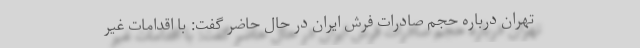
تهران درباره حجم صادرات فرش ایران در حال حاضر گفت: با اقدامات غیر